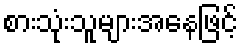
စားသုံးသူများအနေဖြင့်